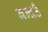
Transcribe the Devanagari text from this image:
बन्दउँ